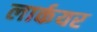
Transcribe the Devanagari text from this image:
लार्कयर